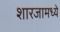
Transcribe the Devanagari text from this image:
शारजामध्ये